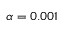
\alpha = 0 . 0 0 1